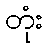
တုံး